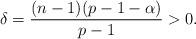
LaTeX: \begin{align*} \delta = \frac{(n-1) (p-1-\alpha)}{p-1} > 0.\end{align*}